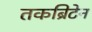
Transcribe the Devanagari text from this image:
तकब्रिटेन